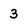
Character: 3